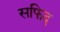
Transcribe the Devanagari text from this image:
सफिद